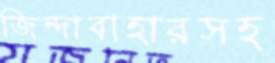
জিন্দাবাহারসহ